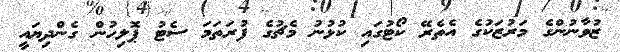
ޒުވާނުންގެ މަރުޒަކުގެ އެތެރޭ ކޯޓުގައި ކުޅުނު މެޗުގެ ފުރަތަމަ ސެޓު ޕޮލިހުން ގެންދިޔައީ